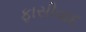
ફાસીવાદ